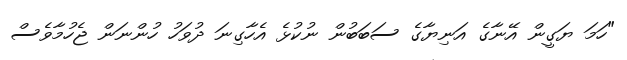
"ހަމަ ޔަގީން އޭނާގެ އަނިޔާގެ ސަބަބުން ނުކުޅެ އެހާގިނަ ދުވަހު ހުންނަން ޖެހުމާވެސް